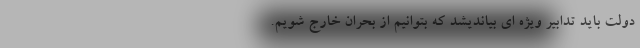
دولت باید تدابیر ویژه ای بيانديشد که بتوانیم از بحران خارج شویم.